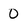
Character: 0